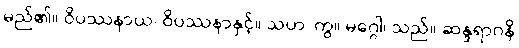
မည်၏။ ဝိပဿနာယ၊ ဝိပဿနာနှင့်။ သဟ၊ ကွ။ မဂ္ဂေါ၊ သည်။ ဆန္ဒရာဂနိ